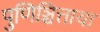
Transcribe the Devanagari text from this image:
पुणिञ्चित्ताया